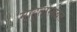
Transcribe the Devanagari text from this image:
माहुतासोबत